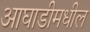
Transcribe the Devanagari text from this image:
आघाडीमधील